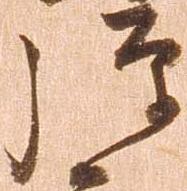
弾